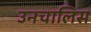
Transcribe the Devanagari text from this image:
उनचालिस